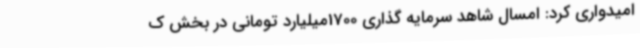
امیدواری کرد: امسال شاهد سرمایه گذاری 1700میلیارد تومانی در بخش ک